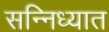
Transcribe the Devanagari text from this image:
सन्निध्यात